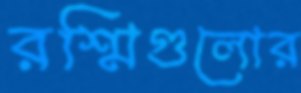
রশ্মিগুলোর